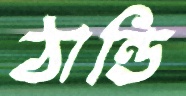
ঠান্ডি